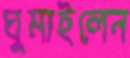
ঘুমাইলেন